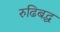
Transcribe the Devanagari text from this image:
रुढिबद्ध